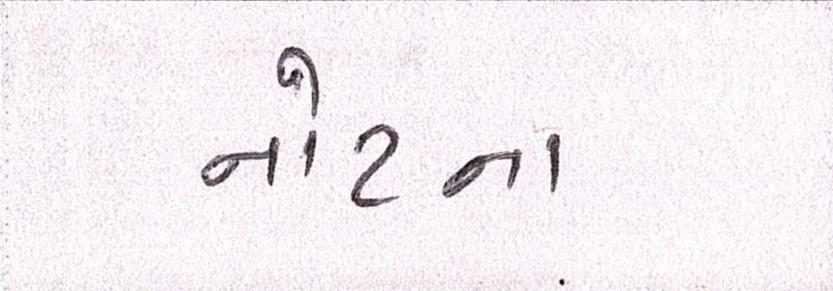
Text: નોટના